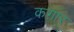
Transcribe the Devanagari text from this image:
कग़ार